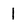
Character: l